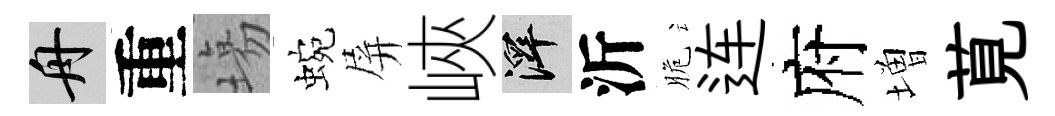
舟重塲蜿屏峽澤沂脆连府増莧